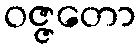
ဝဇ္ဇတော